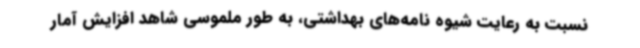
نسبت به رعایت شیوه نامه‌های بهداشتی، به طور ملموسی شاهد افزایش آمار